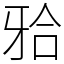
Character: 𬌗